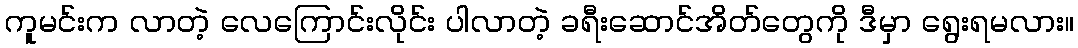
ကူမင်းက လာတဲ့ လေကြောင်းလိုင်း ပါလာတဲ့ ခရီးဆောင်အိတ်တွေကို ဒီမှာ ရွေးရမလား။